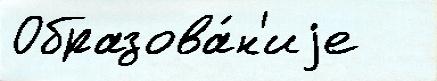
Образова́н'иjе